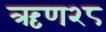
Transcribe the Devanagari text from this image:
ऋण२८